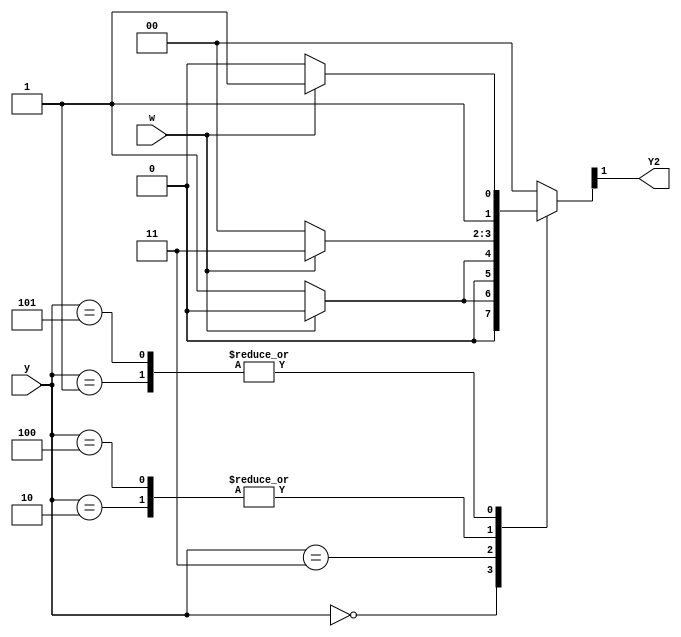
module top_module (
    input [3:1] y,
    input w,
    output Y2);
    
    wire [3 : 1] curr_state = y[3 : 1];
    reg  [3 : 1] next_state;
    
    parameter A = 3'd0;
    parameter B = 3'd1;
    parameter C = 3'd2;
    parameter D = 3'd3;
    parameter E = 3'd4;
    parameter F = 3'd5;
    
    always@(*)
    begin
        case(curr_state)
            A: next_state = w ? A : B;
            B: next_state = w ? D : C;
            C: next_state = w ? D : E;
            D: next_state = w ? A : F;
            E: next_state = w ? D : E;
            F: next_state = w ? D : C;
            default: next_state = A;
        endcase
    end
    
    assign Y2 = next_state[2];

endmodule